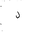
Letter: _lam